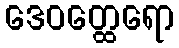
ဒေဝတ္ထေရော